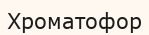
Хроматофор